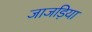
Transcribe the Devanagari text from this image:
जाजड़िया